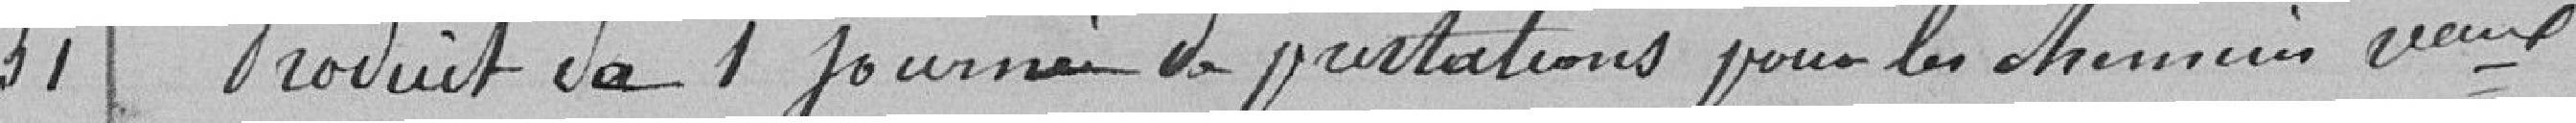
31 Produit de 1 journée de prestation pour les chemins communaux